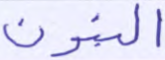
البنون